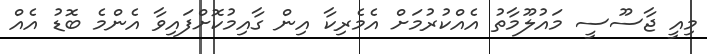
މިއީ ޖާސޫސީ މައުލޫމާތު އެއްކުރުމަށް އެމެރިކާ އިން ގާއިމުކޮށްފައިވާ އެންމެ ބޮޑު އެއް